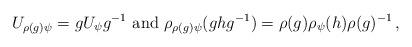
LaTeX: \begin{align*} U_{\rho(g)\psi} = g U_\psi g^{-1} \mbox{ and } \rho_{\rho(g)\psi}(ghg^{-1}) = \rho(g)\rho_\psi(h)\rho(g)^{-1} \,,\end{align*}